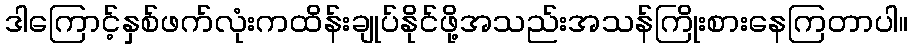
ဒါကြောင့်နှစ်ဖက်လုံးကထိန်းချုပ်နိုင်ဖို့အသည်းအသန်ကြိုးစားနေကြတာပါ။